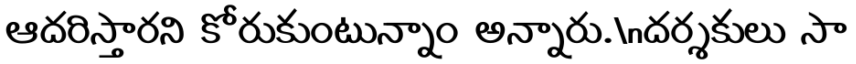
ఆదరిస్తారని కోరుకుంటున్నాం అన్నారు.\nదర్శకులు సా